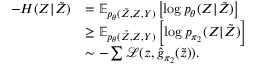
\begin{array} { r l } { - H ( Z | \tilde { Z } ) } & { = \mathbb { E } _ { p _ { \theta } ( \tilde { Z } , Z , Y ) } \left[ \log p _ { \theta } ( Z | \tilde { Z } ) \right] } \\ & { \ge \mathbb { E } _ { p _ { \theta } ( \tilde { Z } , Z , Y ) } \left[ \log p _ { { \pi _ { 2 } } } ( Z | \tilde { Z } ) \right] } \\ & { \sim - \sum \mathcal { L } ( z , \hat { g } _ { \pi _ { 2 } } ( \tilde { z } ) ) . } \end{array}